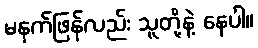
မနက်ဖြန်လည်း သူတို့နဲ့ နေပါ။